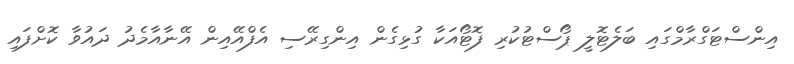
އިންސްޓަގްރާމްގައި ބަލެޓޮލީ ޕޯސްޓުކުރި ފޮޓޯއަކާ ގުޅިގެން އިންގިރޭސި އެފްއޭއިން އޭނާއާމެދު ދައުވާ ކޮށްފައި